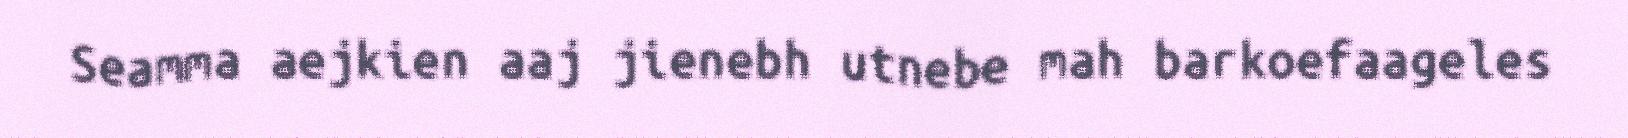
Seamma aejkien aaj jienebh utnebe mah barkoefaageles